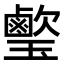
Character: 𤪰